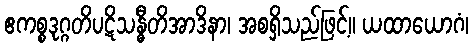
ဧကစ္စဒုဂ္ဂတိပဋိသန္ဓီတိအာဒိနာ၊ အစရှိသည်ဖြင့်။ ယထာယောဂံ၊